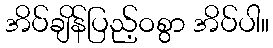
အိပ်ချိန်ပြည့်ဝစွာ အိပ်ပါ။